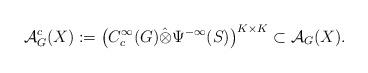
LaTeX: \begin{align*}\mathcal{A}^c_G(X):=\big( C^\infty_c(G) \hat{\otimes} \Psi^{-\infty} (S)\big) ^{K\times K}\subset \mathcal{A}_G(X). \end{align*}